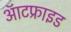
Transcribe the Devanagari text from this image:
ऑटफ्राइड